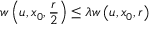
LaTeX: w \left( u , x _ { 0 } , { \frac { r } { 2 } } \right) \leq \lambda w \left( u , x _ { 0 } , r \right)